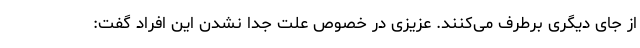
از جای دیگری برطرف می‌کنند. عزیزی در خصوص علت جدا نشدن این افراد گفت: